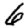
Digit: 6